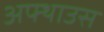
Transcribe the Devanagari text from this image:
अफ्थाउस